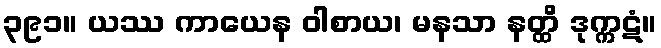
၃၉၁။ ယဿ ကာယေန ဝါစာယ၊ မနသာ နတ္ထိ ဒုက္ကဋံ။